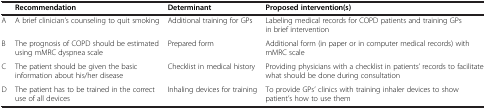
<table><thead><tr><td><b> </b></td><td><b>Recommendation</b></td><td><b>Determinant</b></td><td><b>Proposed intervention(s)</b></td></tr></thead><tbody><tr><td>A</td><td>A brief clinician’s counseling to quit smoking</td><td>Additional training for GPs</td><td>Labeling medical records for COPD patients and training GPs in brief intervention</td></tr><tr><td>B</td><td>The prognosis of COPD should be estimated using mMRC dyspnea scale</td><td>Prepared form</td><td>Additional form (in paper or in computer medical records) with mMRC scale</td></tr><tr><td>C</td><td>The patient should be given the basic information about his/her disease</td><td>Checklist in medical history</td><td>Providing physicians with a checklist in patients’ records to facilitate what should be done during consultation</td></tr><tr><td>D</td><td>The patient has to be trained in the correct use of all devices</td><td>Inhaling devices for training</td><td>To provide GPs’ clinics with training inhaler devices to show patient’s how to use them</td></tr></tbody></table>